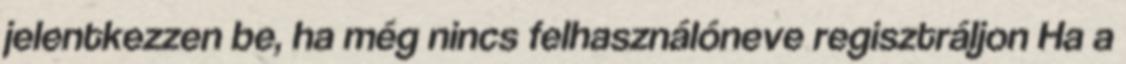
jelentkezzen be, ha még nincs felhasználóneve regisztráljon Ha a